Annual administration and progress report of the Indian Medical Department, Bombay
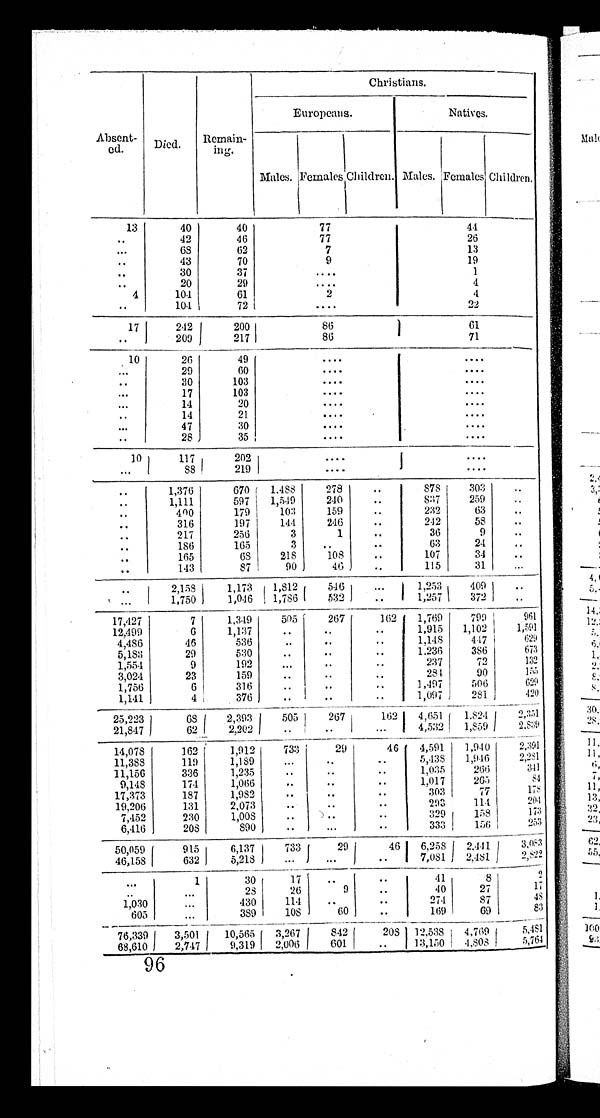
Absent-
ed.
Died.
Remain- ing
Christians.
Europeans.
Natives.
1
Males.
Females.
Children.
Males.
Females.
Children.
13
40
40
77
44
. .
42
46
77
26
. . 6 8
62
7
13
. .
4 3
70
9
19
. .
3 0
37
....
1
. .
20
29
....
4
4
1 0 4
61
2
4
. .
104
72
....
22
17
242
2 0 0
86
61
. . 2 0 9
2 1 7
86
71
10
26
49
....
....
. . .
2 9
60
....
....
. .
30
103
....
....
. .
1 7
103
....
....
. . . 1 4
20
....
....
. . .
14
21
....
....
...
47
30
....
....
. . .
28
35
....
....
10
117
2 0 2
. . . .
. . . .
...
8 8
2 1 9
. . . .
. . . .
. .
1 , 3 7 6
670
1 , 4 8 8
278
. .
878
3 0 3
. .
. . . 1,111
597
1 , 5 4 9
2 4 0
. .
837
259
. .
. . . 400
179
1 0 3
1 5 9
. .
232
63
. .
. . . 3 1 6
1 9 7
1 4 4
246
..
242
58
. .
217
256
3
1
..
36
9
. .
..
186
165
3
..
..
63
24
. .
. . .
165
6 8
2 1 8
108
..
107
34
. .
. .
143
87
9 0
46
..
115
31
...
. .
2,158
1 , 1 7 3
1 , 8 1 2
5 4 6
. . .
1 , 2 5 3
4 0 9
. .
. .
1 , 7 5 0
1 , 0 4 6
1 , 7 8 6
5 3 2
. .
1 , 2 5 7
3 7 2
. .
17,427
7
1,349
505
267
162 1,769 799
9 6 1
12.499
6
1,137
. .
..
..
1,915 1,102
1 , 5 9 1
4,486
46
536
. . ..
..
1 , 1 4 8 447
6 2 9
5,183
2 9
5 3 0
..
..
..
1,236
386
673
1,554 9
192
...
..
..
237
72
132
3,024
23
1 5 9
..
..
..
284
90
1 5 5
1,756
6
316
. . ..
..
1,497 506
629
1,141
4
3 7 6
. .
. .
..
1,097 281
420
2 5 , 2 2 3 6 8
2 , 3 9 3 505
2 6 7
1 6 2
4 , 6 5 1
1 , 8 2 4
2 , 3 5 1
2 1 , 8 4 7 6 2
2 , 2 0 2
. .
. .
. .
4 , 5 3 2
1 , 8 5 9
2 , 8 3 9
14,078 162
1 , 9 1 2 733
29
46 4,591 1,940
2,391
1 1 , 3 8 8
119
1 , 1 8 9
. .
. .
. .
5,438 1,946
2,281
11,156
336
1,235
. .
. .
. .
1,035
266
341
9,148
174
1,066
. .
. .
..
1 , 0 1 7 265
8 4
17,373
187
1,982
. .
. .
. .
3 0 3
77
178
19,206
131
2,073
. .
. .
. .
293
1 1 4
204
7,452
230
1,008
..
. .
. .
3 2 9
1 5 8
1 7 3
6,416
208
890
..
...
. .
3 3 3 1 5 6
2 5 3
5 0 , 0 5 9
915
6,137733 29 46 6,2582,4413,083
46,158632
5,218... ... ... 7,0812,4812,822
. . .
. . .
1
...
30 2 8
17
26
.. 9 .:
41 40
8
27
2 1 7
1 , 0 8 0 . .
430
114
..
. .
274
8 7
4 8
6 0 5 . . .
3 8 9
1 0 8
6 0 ..
169
6 9
8 3
76,339
3 , 5 0 1
1 0 , 5 6 5
3 , 2 6 7
8 4 2
2 0 8
1 2 , 5 3 8
4 , 7 6 9
5 , 4 8 1
68,610 2 , 7 4 7
9 , 3 1 9
2 , 0 0 6
6 0 1
. .
1 3 , 1 5 0
4 , 8 0 8
5 , 7 6 4
96